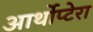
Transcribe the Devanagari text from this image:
आर्थोप्टेरा